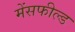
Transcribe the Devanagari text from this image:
मेंसफील्ड